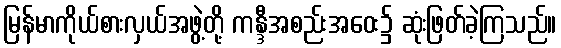
မြန်မာကိုယ်စားလှယ်အဖွဲ့တို့ ကန္ဒီအစည်းအဝေး၌ ဆုံးဖြတ်ခဲ့ကြသည်။